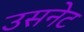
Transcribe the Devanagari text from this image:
उसनेट